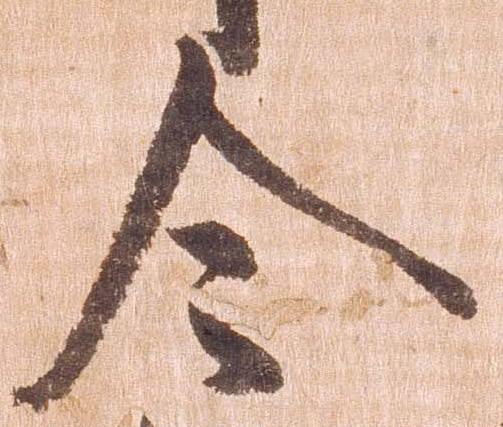
令